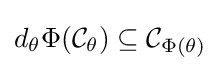
d_{\theta }\Phi ({\mathcal {C}}_{\theta })\subseteq {\mathcal {C}}_{\Phi (\theta )}